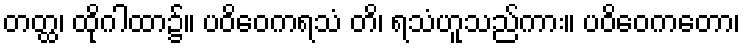
တတ္ထ၊ ထိုဂါထာ၌။ ပဝိဝေကရသံ တိ၊ ရသံဟူသည်ကား။ ပဝိဝေကတော၊